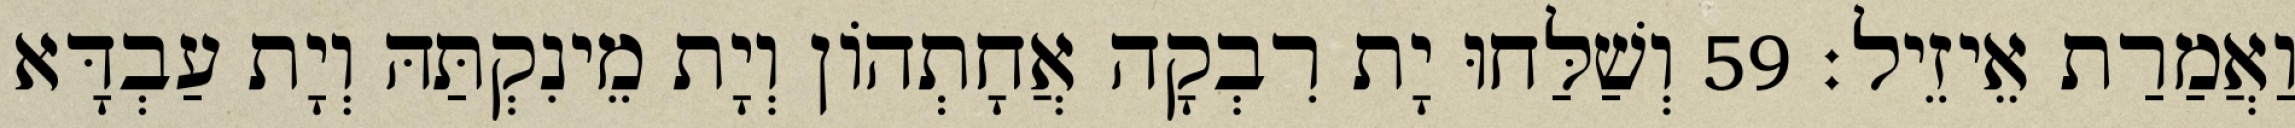
וַאֲמַרַת אֵיזֵיל׃ 59 וְשַׁלַּחוּ יָת רִבְקָה אֲחָתְהוֹן וְיָת מֵינִקְתַּהּ וְיָת עַבְדָּא